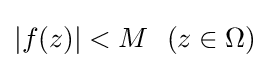
|f(z)|<M\ \ (z\in \Omega )